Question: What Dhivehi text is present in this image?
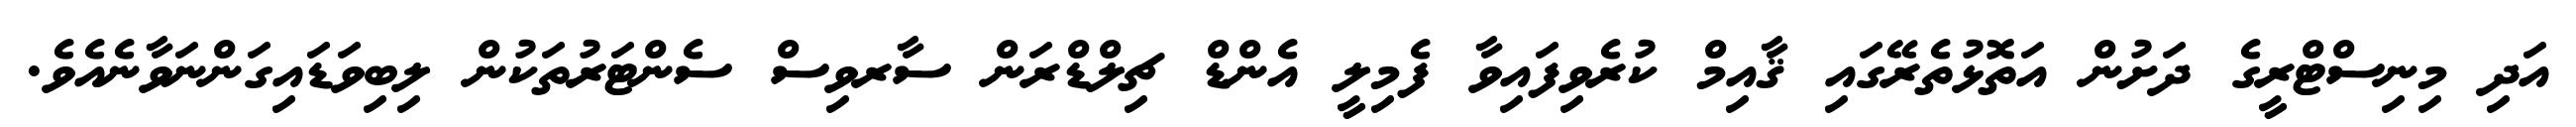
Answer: އަދި މިނިސްޓްރީގެ ދަށުން އަތޮޅުތެރޭގައި ޤާއިމް ކުރެވިފައިވާ ފެމިލީ އެންޑް ޗިލްޑްރަން ސާރވިސް ސެންޓަރުތަކުން ލިބިވަޑައިގަންނަވާނެއެވެ.